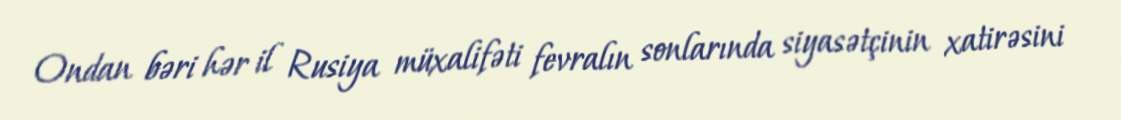
Ondan bəri hər il Rusiya müxalifəti fevralın sonlarında siyasətçinin xatirəsini